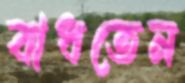
বাধতেন